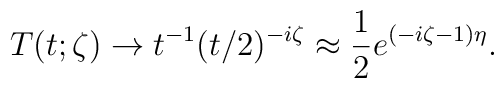
T(t ; \zeta )\to t^{-1}(t/2)^{-i\zeta }\approx \frac{1}{2}e^{(-i\zeta -1)\eta }.